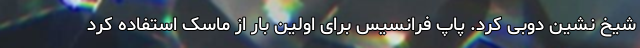
شیخ نشین دوبی کرد. پاپ فرانسیس برای اولین بار از ماسک استفاده کرد